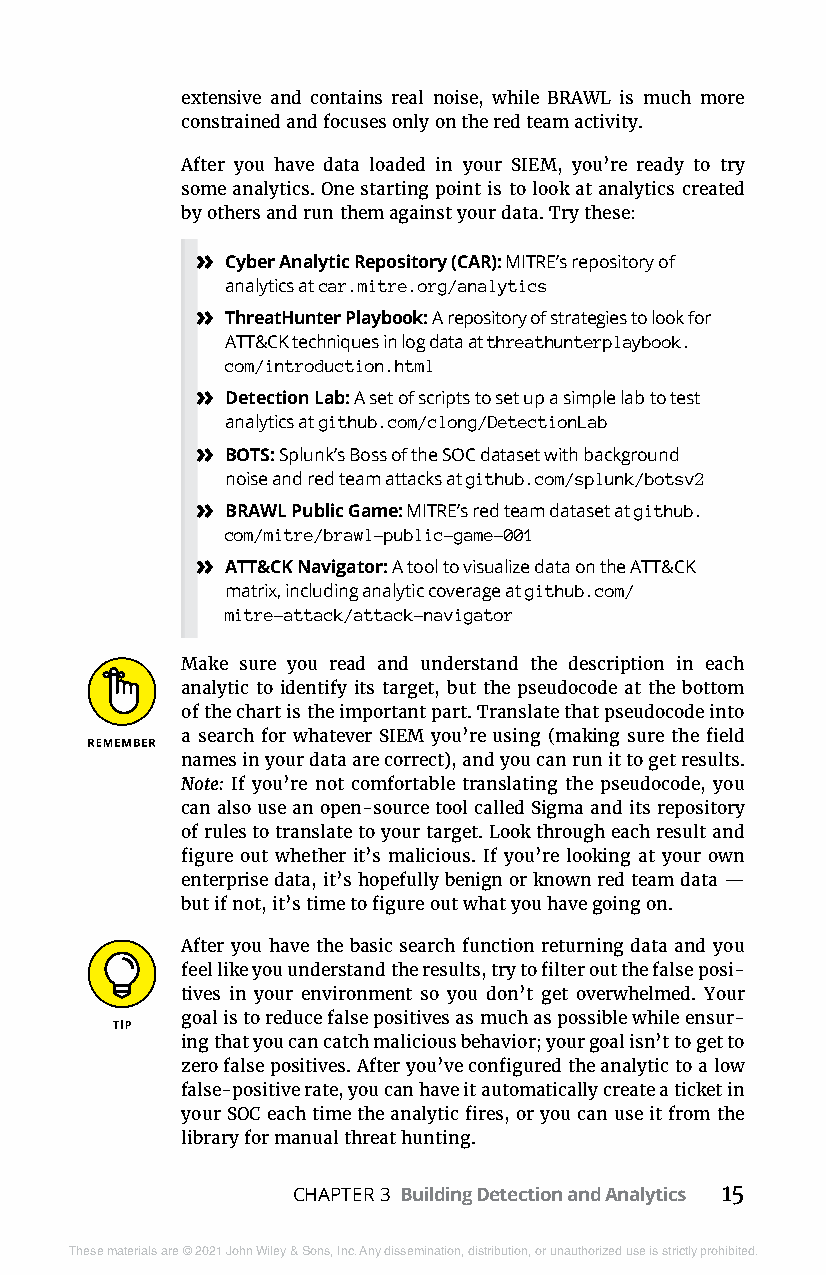
extensive and contains real noise, while BRAWL is much more
 constrained and focuses only on the red team activity.
 After you have data loaded in your SIEM, you’re ready to try
 some analytics. One starting point is to look at analytics created
 by others and run them against your data. Try these:
 » Cyber Analytic Repository (CAR): MITRE’s repository of
 analytics at car.mitre.org/analytics
 » ThreatHunter Playbook: A repository of strategies to look for
 ATT&CK techniques in log data at threathunterplaybook.
 com/introduction.html
 » Detection Lab: A set of scripts to set up a simple lab to test
 analytics at github.com/clong/DetectionLab
 » BOTS: Splunk’s Boss of the SOC dataset with background
 noise and red team attacks at github.com/splunk/botsv2
 » BRAWL Public Game: MITRE’s red team dataset at github.
 com/mitre/brawl-public-game-001
 » ATT&CK Navigator: A tool to visualize data on the ATT&CK
 matrix, including analytic coverage at github.com/
 mitre-attack/attack-navigator
 Make sure you read and understand the description in each
 analytic to identify its target, but the pseudocode at the bottom
 of the chart is the important part. Translate that pseudocode into
 a search for whatever SIEM you’re using (making sure the field
 names in your data are correct), and you can run it to get results.
 Note: If you’re not comfortable translating the pseudocode, you
 can also use an open-source tool called Sigma and its repository
 of rules to translate to your target. Look through each result and
 figure out whether it’s malicious. If you’re looking at your own
 enterprise data, it’s hopefully benign or known red team data —
 but if not, it’s time to figure out what you have going on.
 After you have the basic search function returning data and you
 feel like you understand the results, try to filter out the false posi-
 tives in your environment so you don’t get overwhelmed. Your
 goal is to reduce false positives as much as possible while ensur-
 ing that you can catch malicious behavior; your goal isn’t to get to
 zero false positives. After you’ve configured the analytic to a low
 false-positive rate, you can have it automatically create a ticket in
 your SOC each time the analytic fires, or you can use it from the
 library for manual threat hunting.
 CHAPTER 3 Building Detection and Analytics 15
 These materials are © 2021 John Wiley & Sons, Inc. Any dissemination, distribution, or unauthorized use is strictly prohibited.